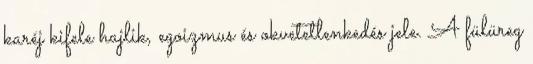
karéj kifele hajlik, egoizmus és okvetetlenkedés jele. A fülüreg